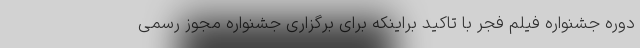
دوره جشنواره فیلم فجر با تاکید براینکه برای برگزاری جشنواره مجوز رسمی